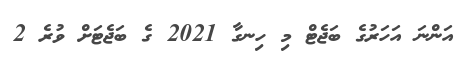
އަންނަ އަހަރުގެ ބަޖެޓް މި ހިނގާ 2021 ގެ ބަޖެޓަށް ވުރެ 2